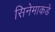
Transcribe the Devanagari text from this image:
सिनेमाकडे